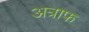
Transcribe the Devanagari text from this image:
अत्राफ